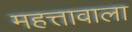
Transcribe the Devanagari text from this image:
महत्तावाला